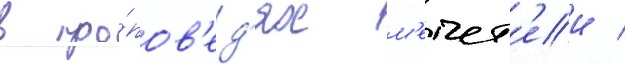
в про́пов'ед'ях м'ечет'еи /